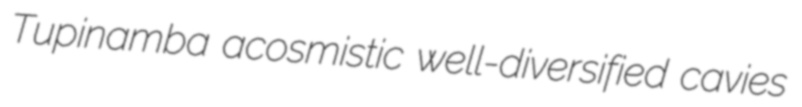
Tupinamba acosmistic well-diversified cavies